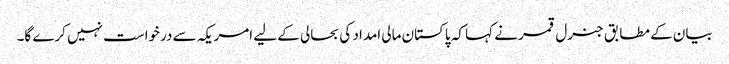
بیان کے مطابق جنرل قمر نے کہا کہ پاکستان مالی امداد کی بحالی کے لیے امریکہ سے درخواست نہیں کرے گا۔